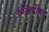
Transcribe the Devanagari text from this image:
ग्लिरीस्